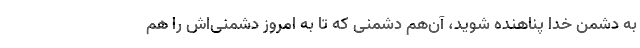
به دشمن خدا پناهنده شوید، آن‌هم دشمنی که تا به امروز دشمنی‌اش را هم